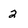
Character: 2